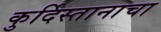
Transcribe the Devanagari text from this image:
कुर्दिस्तानाचा